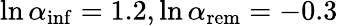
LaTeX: \ln{\alpha_{\mathrm{inf}}}=1.2,\ln{\alpha_{\mathrm{rem}}}=-0.3